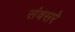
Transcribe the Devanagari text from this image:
संवसरे